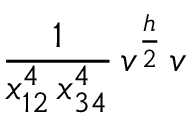
\frac { 1 } { x _ { 1 2 } ^ { 4 } \, x _ { 3 4 } ^ { 4 } } \, v ^ { \frac { h } { 2 } } \, v \,